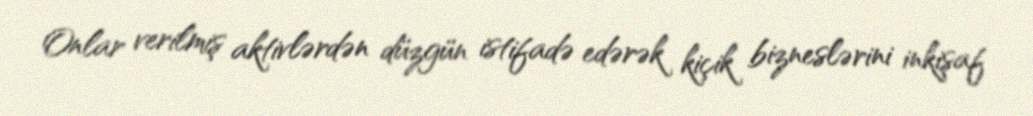
Onlar verilmiş aktivlərdən düzgün istifadə edərək kiçik bizneslərini inkişaf